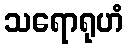
သရောရုဟံ